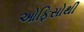
ઓફિસોથી